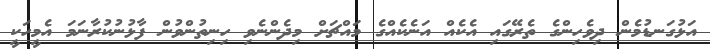
އަޅުގަނޑުމެން ދިވެހިންގެ ތެރޭގައި އެކެއް އަނެކެއްގެ މައްޗަށް މިދެންނެވި ހިނިތުންވުން ފާޅުނުކުރާނަމަ އެމީހަކީ